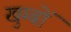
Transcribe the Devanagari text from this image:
खुम्बों